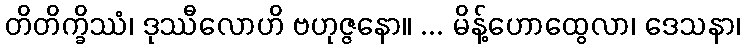
တိတိက္ခိဿံ၊ ဒုဿီလောဟိ ဗဟုဇ္ဇနော။ ... မိန့်ဟောထွေလာ၊ ဒေသနာ၊